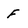
Character: f